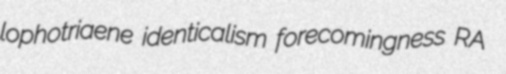
lophotriaene identicalism forecomingness RA